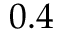
0 . 4